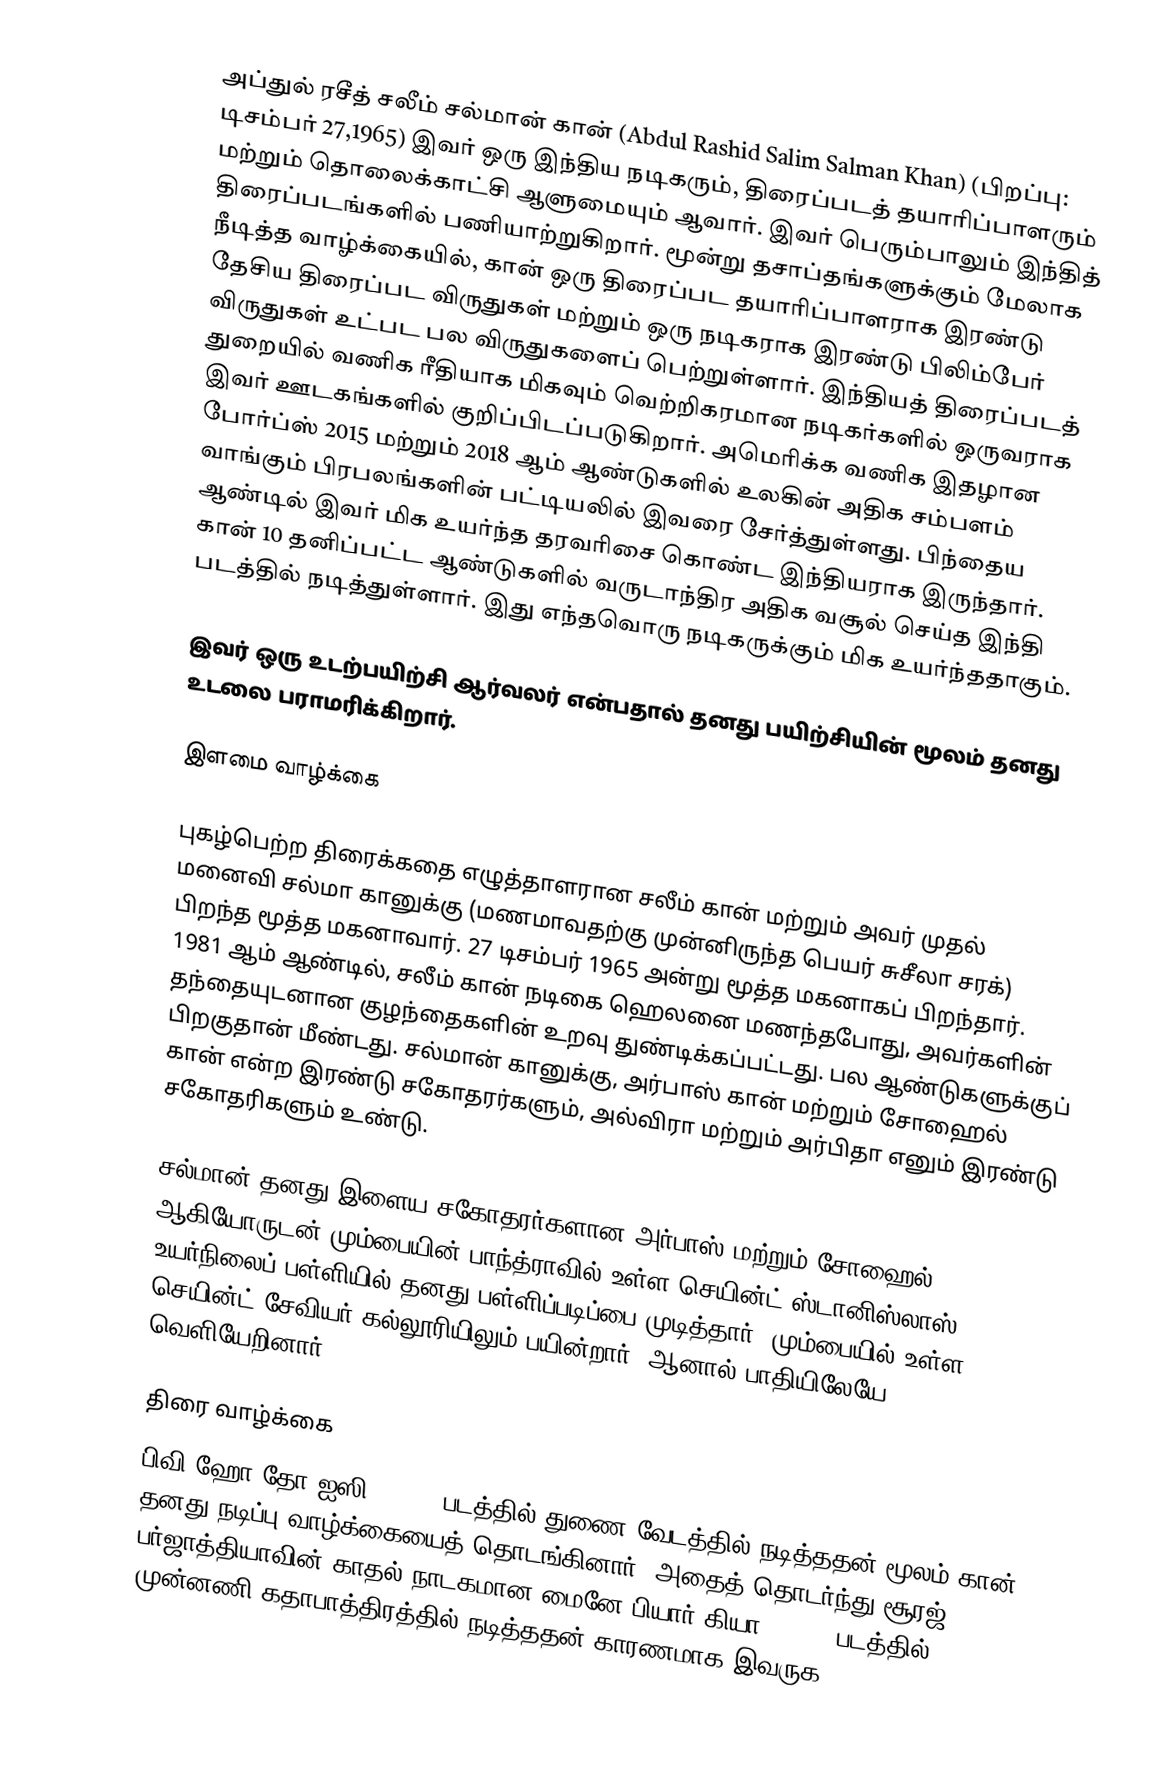
அப்துல் ரசீத் சலீம் சல்மான் கான் (Abdul Rashid Salim Salman Khan) (பிறப்பு: டிசம்பர் 27,1965) இவர் ஒரு இந்திய நடிகரும், திரைப்படத் தயாரிப்பாளரும் மற்றும் தொலைக்காட்சி ஆளுமையும் ஆவார். இவர் பெரும்பாலும் இந்தித் திரைப்படங்களில் பணியாற்றுகிறார். மூன்று தசாப்தங்களுக்கும் மேலாக நீடித்த வாழ்க்கையில், கான் ஒரு திரைப்பட தயாரிப்பாளராக இரண்டு தேசிய திரைப்பட விருதுகள் மற்றும் ஒரு நடிகராக இரண்டு பிலிம்பேர் விருதுகள் உட்பட பல விருதுகளைப் பெற்றுள்ளார்.  இந்தியத் திரைப்படத் துறையில் வணிக ரீதியாக மிகவும் வெற்றிகரமான நடிகர்களில் ஒருவராக இவர் ஊடகங்களில் குறிப்பிடப்படுகிறார். அமெரிக்க வணிக இதழான போர்ப்ஸ் 2015 மற்றும் 2018 ஆம் ஆண்டுகளில் உலகின் அதிக சம்பளம் வாங்கும் பிரபலங்களின் பட்டியலில் இவரை சேர்த்துள்ளது. பிந்தைய ஆண்டில் இவர் மிக உயர்ந்த தரவரிசை கொண்ட இந்தியராக இருந்தார். கான் 10 தனிப்பட்ட ஆண்டுகளில் வருடாந்திர அதிக வசூல் செய்த இந்தி படத்தில் நடித்துள்ளார். இது எந்தவொரு நடிகருக்கும் மிக உயர்ந்ததாகும்.

இவர் ஒரு உடற்பயிற்சி ஆர்வலர் என்பதால் தனது பயிற்சியின் மூலம் தனது உடலை பராமரிக்கிறார்.

இளமை வாழ்க்கை

புகழ்பெற்ற திரைக்கதை எழுத்தாளரான சலீம் கான் மற்றும் அவர் முதல் மனைவி சல்மா கானுக்கு (மணமாவதற்கு முன்னிருந்த பெயர் சுசீலா சரக்) பிறந்த மூத்த மகனாவார். 27 டிசம்பர் 1965 அன்று மூத்த மகனாகப் பிறந்தார்.  1981 ஆம் ஆண்டில், சலீம் கான் நடிகை ஹெலனை மணந்தபோது, அவர்களின் தந்தையுடனான குழந்தைகளின் உறவு துண்டிக்கப்பட்டது. பல ஆண்டுகளுக்குப் பிறகுதான் மீண்டது.  சல்மான் கானுக்கு, அர்பாஸ் கான் மற்றும் சோஹைல் கான் என்ற இரண்டு சகோதரர்களும், அல்விரா மற்றும் அர்பிதா எனும் இரண்டு சகோதரிகளும் உண்டு.

சல்மான் தனது இளைய சகோதரர்களான அர்பாஸ் மற்றும் சோஹைல் ஆகியோருடன் மும்பையின் பாந்த்ராவில் உள்ள செயின்ட் ஸ்டானிஸ்லாஸ் உயர்நிலைப் பள்ளியில் தனது பள்ளிப்படிப்பை முடித்தார்.  மும்பையில் உள்ள செயின்ட் சேவியர் கல்லூரியிலும் பயின்றார். ஆனால் பாதியிலேயே வெளியேறினார்.

திரை வாழ்க்கை
பிவி ஹோ தோ ஐஸி (1988) படத்தில் துணை வேடத்தில் நடித்ததன் மூலம் கான் தனது நடிப்பு வாழ்க்கையைத் தொடங்கினார். அதைத் தொடர்ந்து சூரஜ் பர்ஜாத்தியாவின் காதல் நாடகமான மைனே பியார் கியா (1989) படத்தில் முன்னணி கதாபாத்திரத்தில் நடித்ததன் காரணமாக இவருக